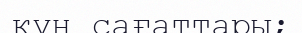
күн сағаттары;